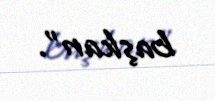
başkan".